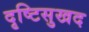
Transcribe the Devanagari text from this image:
दृष्टिसुखद